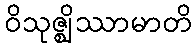
ဝိသုဇ္ဈိဿာမာတိ